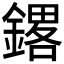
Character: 𲇝